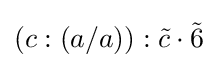
(c:(a/a)):{\tilde {c}}\cdot {\tilde {6}}